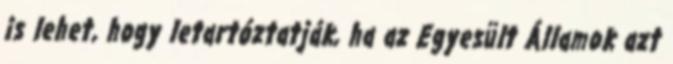
is lehet, hogy letartóztatják, ha az Egyesült Államok azt